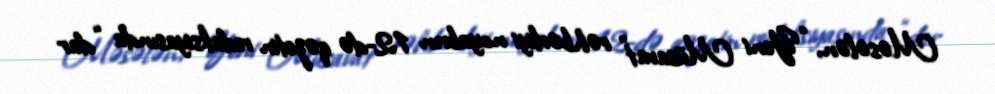
Məsələn, “Yeni Müsavat” rəhbərliyi noyabrın 12-də qəzetin redaksiyasında “dar